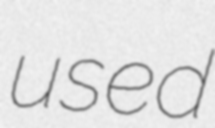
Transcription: used